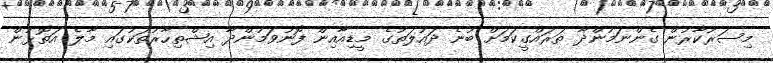
މިސަރުކާރުން ގެންނަމުންދާ ތަރައްގީކަމަށް ބުނެ ދައުލަތުގެ މީޑިއާއިން ފޮނުވަމުންދާ އިޝްތިހާރުތަކުގައި މާލެ އަތޮޅުން